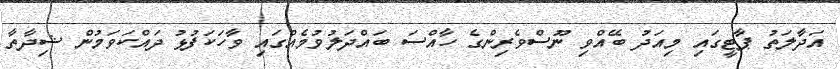
އަދާލަތު ޕާޓީގައި މިއަދު ބޭއްވި ނޫސްވެރިންގެ ހާއްސަ ބައްދަލުވުމެއްގައި ވާހަކަފުޅު ދައްކަވަމުން ޝިދާތާ